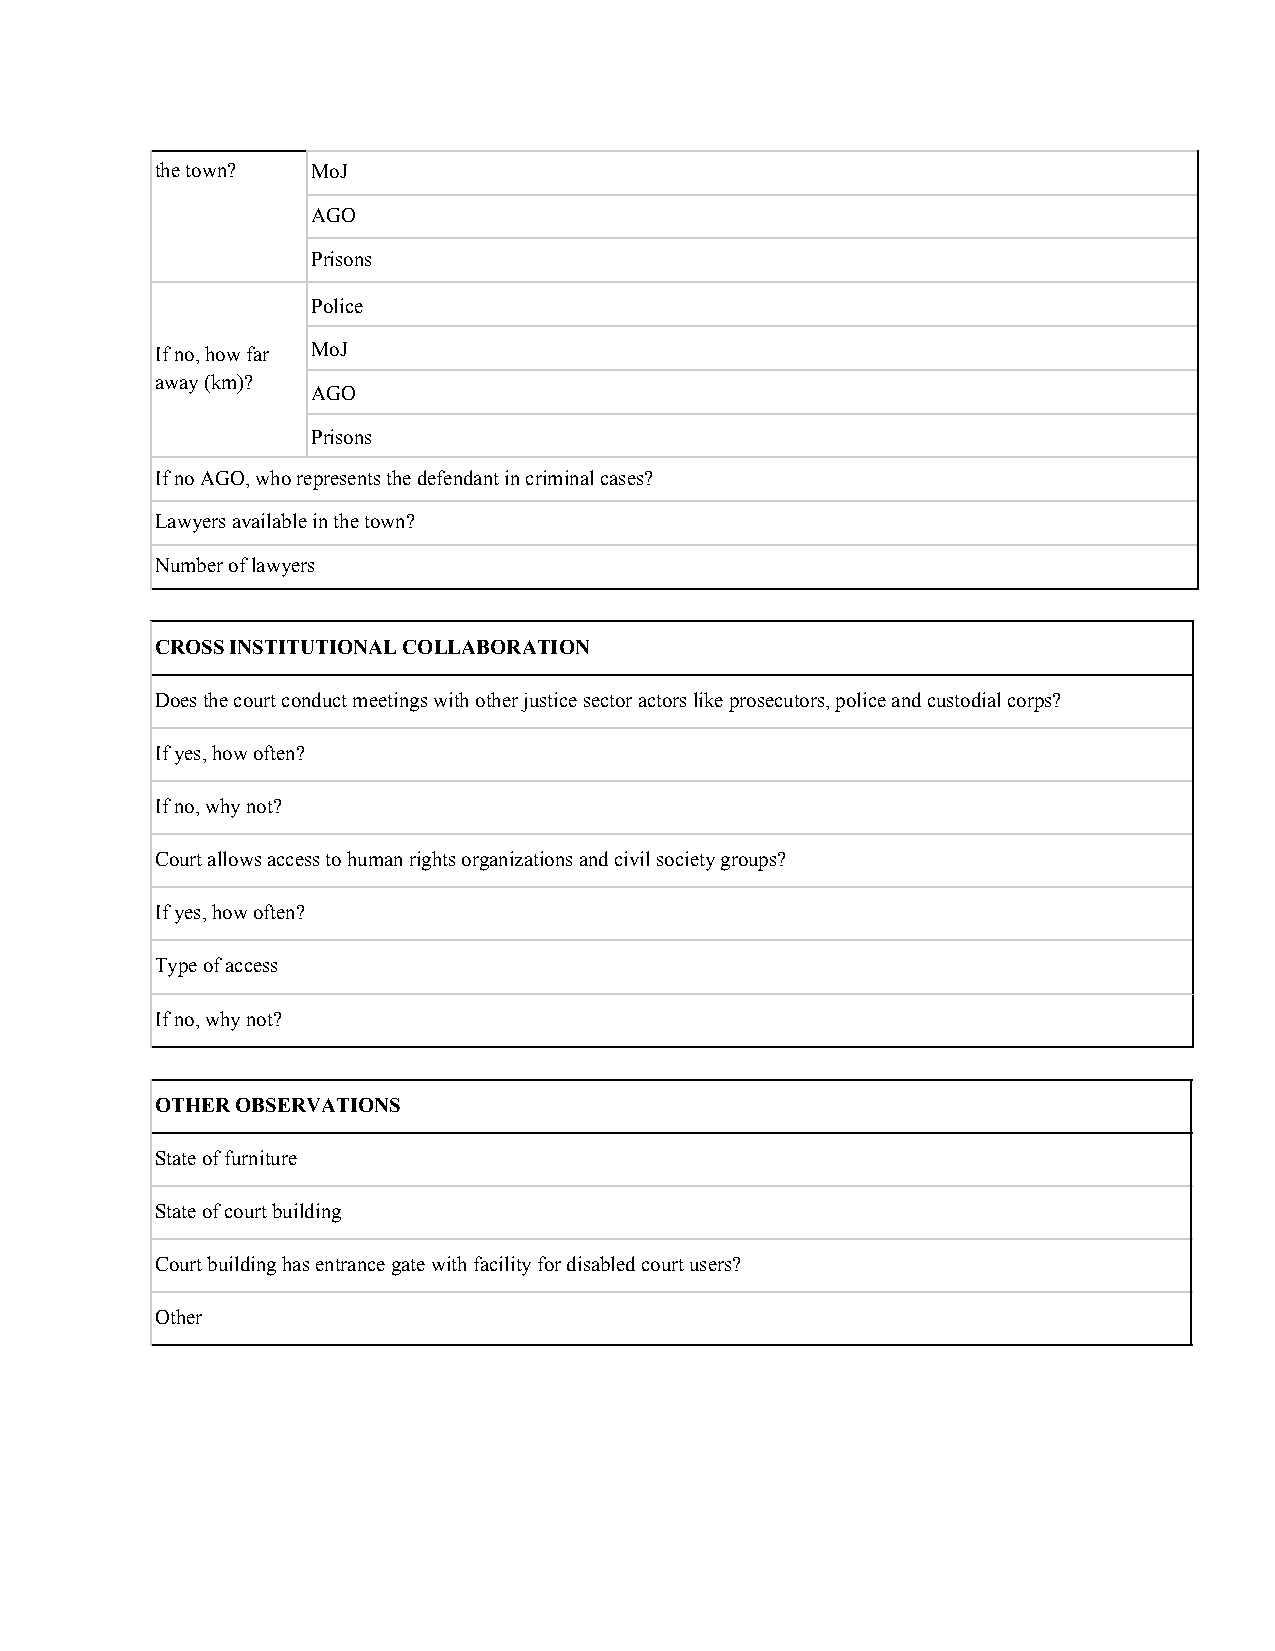
the town?  MoJ
 AGO
 Prisons
 Police
 If no, how far MoJ
 away (km)?
 AGO
 Prisons
 If no AGO, who represents the defendant in criminal cases?
 Lawyers available in the town?
 Number of lawyers
 CROSS INSTITUTIONAL COLLABORATION
 Does the court conduct meetings with other justice sector actors like prosecutors, police and custodial corps?
 If yes, how often?
 If no, why not?
 Court allows access to human rights organizations and civil society groups?
 If yes, how often?
 Type of access
 If no, why not?
 OTHER OBSERVATIONS
 State of furniture
 State of court building
 Court building has entrance gate with facility for disabled court users?
 Other